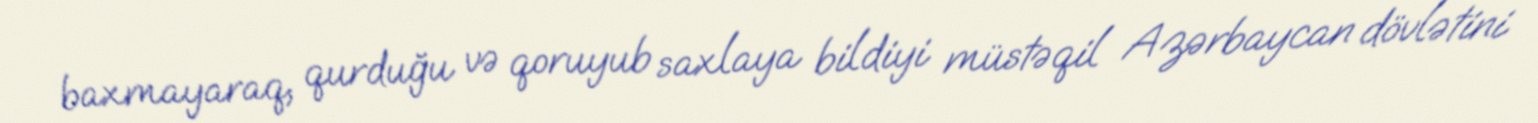
baxmayaraq, qurduğu və qoruyub saxlaya bildiyi müstəqil Azərbaycan dövlətini